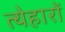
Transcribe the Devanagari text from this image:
त्येहारों